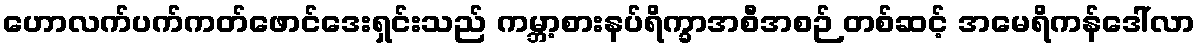
ဟောလက်ပက်ကတ်ဖောင်ဒေးရှင်းသည် ကမ္ဘာ့စားနပ်ရိက္ခာအစီအစဉ် တစ်ဆင့် အမေရိကန်ဒေါ်လာ